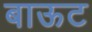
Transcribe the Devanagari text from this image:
बाऊट